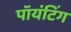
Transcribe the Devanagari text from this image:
पॉयंटिंग